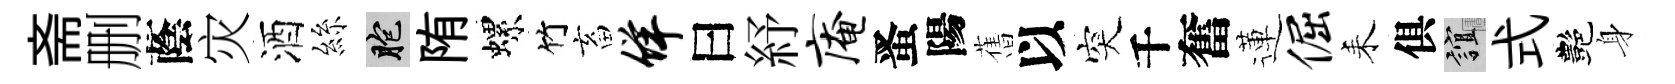
斋删蔭灾酒絲胞陏螺竹畜佯曰紓庵󱉠陽𦾔以突千奮蓮倔耒俱誼式艷身